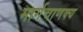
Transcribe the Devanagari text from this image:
मार्गचाणक्य